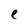
Character: e